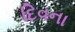
દિવના